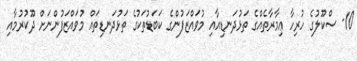
10- ސްކޫލުގެ ހުރިހާ ޢިމާރާތެއްގެ ތަޅުދަނޑިއާއި މުވައްޒަފުންގެ ކަބަޑުތަކުގެ ތަޅުދަނޑިތައް މުވައްޒަފުންނަށް ދޫކުރުމާއި